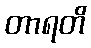
တာရတိ